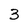
Character: 3